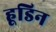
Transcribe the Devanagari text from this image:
हूडिन